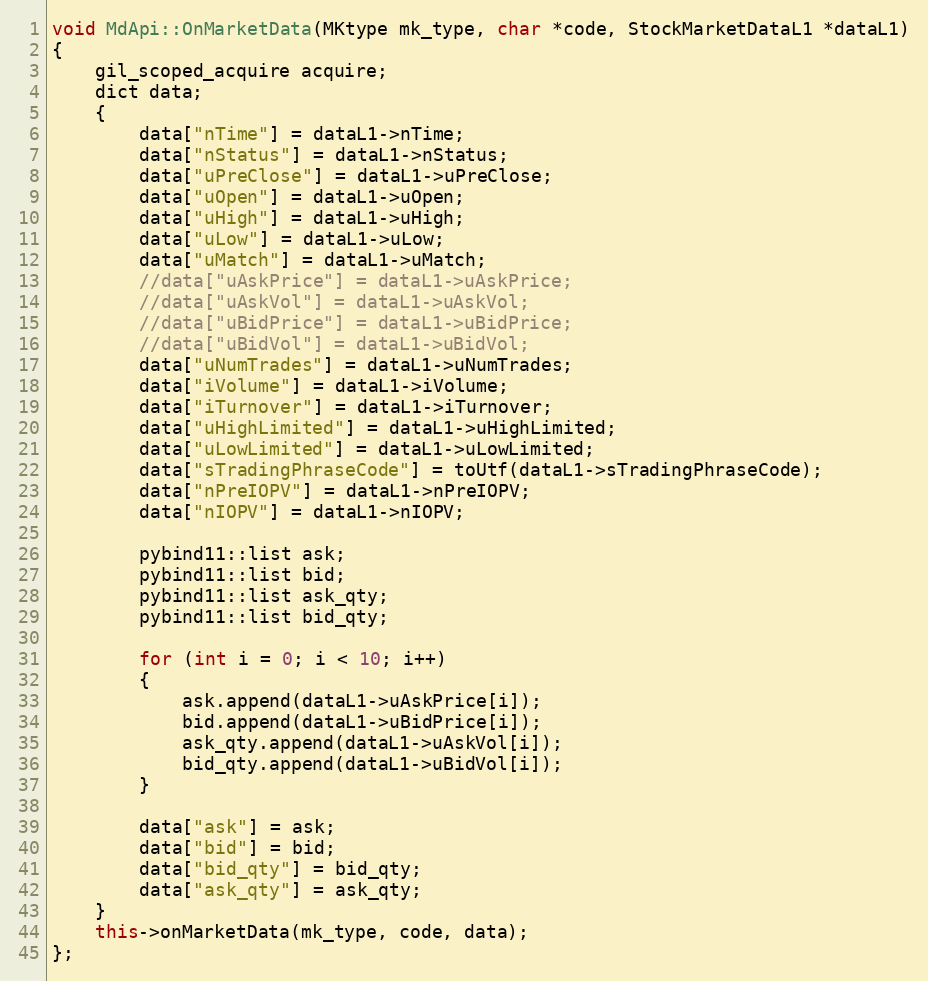
Language: C++
void MdApi::OnMarketData(MKtype mk_type, char *code, StockMarketDataL1 *dataL1)
{
	gil_scoped_acquire acquire;
	dict data;
	{
		data["nTime"] = dataL1->nTime;
		data["nStatus"] = dataL1->nStatus;
		data["uPreClose"] = dataL1->uPreClose;
		data["uOpen"] = dataL1->uOpen;
		data["uHigh"] = dataL1->uHigh;
		data["uLow"] = dataL1->uLow;
		data["uMatch"] = dataL1->uMatch;
		//data["uAskPrice"] = dataL1->uAskPrice;
		//data["uAskVol"] = dataL1->uAskVol;
		//data["uBidPrice"] = dataL1->uBidPrice;
		//data["uBidVol"] = dataL1->uBidVol;
		data["uNumTrades"] = dataL1->uNumTrades;
		data["iVolume"] = dataL1->iVolume;
		data["iTurnover"] = dataL1->iTurnover;
		data["uHighLimited"] = dataL1->uHighLimited;
		data["uLowLimited"] = dataL1->uLowLimited;
		data["sTradingPhraseCode"] = toUtf(dataL1->sTradingPhraseCode);
		data["nPreIOPV"] = dataL1->nPreIOPV;
		data["nIOPV"] = dataL1->nIOPV;

		pybind11::list ask;
		pybind11::list bid;
		pybind11::list ask_qty;
		pybind11::list bid_qty;

		for (int i = 0; i < 10; i++)
		{
			ask.append(dataL1->uAskPrice[i]);
			bid.append(dataL1->uBidPrice[i]);
			ask_qty.append(dataL1->uAskVol[i]);
			bid_qty.append(dataL1->uBidVol[i]);
		}

		data["ask"] = ask;
		data["bid"] = bid;
		data["bid_qty"] = bid_qty;
		data["ask_qty"] = ask_qty;
	}
	this->onMarketData(mk_type, code, data);
};